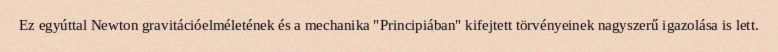
Ez egyúttal Newton gravitációelméletének és a mechanika "Principiában" kifejtett törvényeinek nagyszerű igazolása is lett.